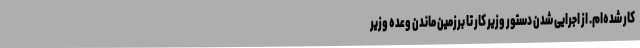
کار شده‌ام. از اجرایی شدن دستور وزیر کار تا برزمین ماندن وعده وزیر